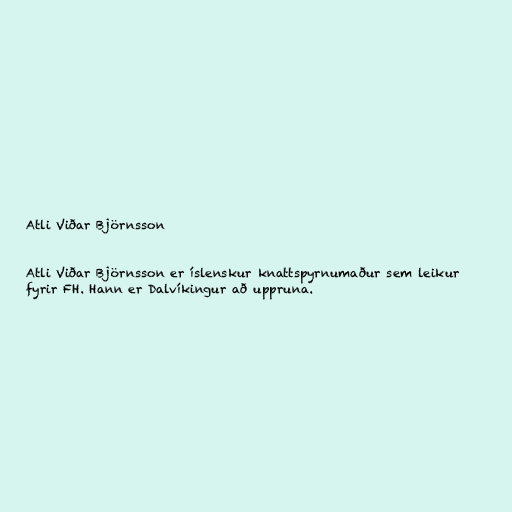
Atli Viðar Björnsson

Atli Viðar Björnsson er íslenskur knattspyrnumaður sem leikur
fyrir FH. Hann er Dalvíkingur að uppruna.